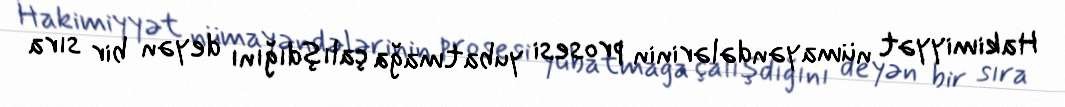
Hakimiyyət nümayəndələrinin prosesi yubatmağa çalışdığını deyən bir sıra